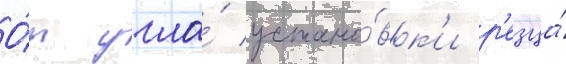
О́т угла́ устано́вк'и р'езца́